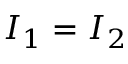
I _ { 1 } = I _ { 2 }